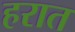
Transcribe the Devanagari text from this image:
हरात